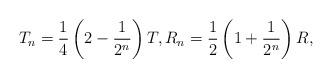
LaTeX: \begin{align*} T_n & = \frac{1}{4}\left ( 2- \frac{1}{2^n} \right )T,R_n = \frac{1}{2}\left(1 + \frac{1}{2^n}\right)R, \end{align*}